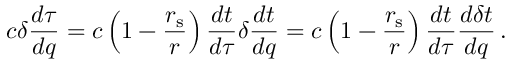
c \delta { \frac { d \tau } { d q } } = c \left( 1 - { \frac { r _ { \mathrm { { s } } } } { r } } \right) { \frac { d t } { d \tau } } \delta { \frac { d t } { d q } } = c \left( 1 - { \frac { r _ { \mathrm { { s } } } } { r } } \right) { \frac { d t } { d \tau } } { \frac { d \delta t } { d q } } \, .